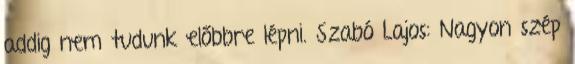
addig nem tudunk előbbre lépni. Szabó Lajos: Nagyon szép